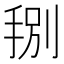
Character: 𭠻